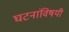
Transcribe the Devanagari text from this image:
घटनांविषयी